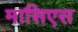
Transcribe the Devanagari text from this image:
मासिएस